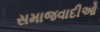
સમાજવાદીઓ